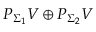
P _ { \Sigma _ { 1 } } V \oplus P _ { \Sigma _ { 2 } } V